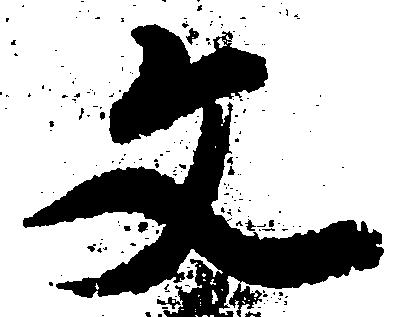
文